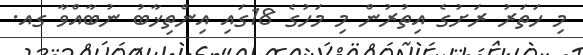
މި ހަތަރު ރަށުގެ އިތުރުން މި މަހުގެ 18ގައި އިންތިޚާބު ނުބާއްވާ ގއ.